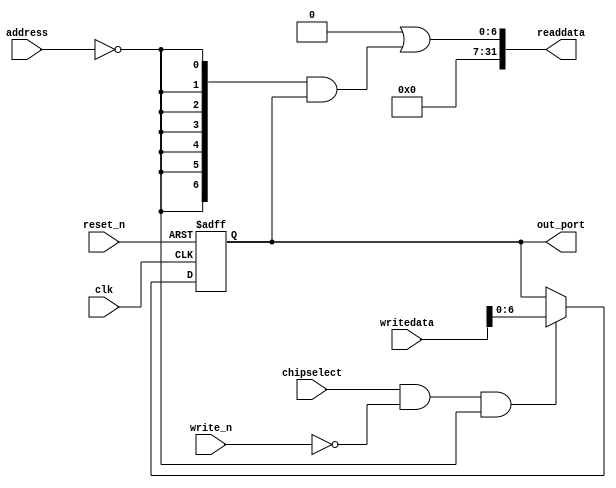
module soc_system_led_pio (
                            // inputs:
                             address,
                             chipselect,
                             clk,
                             reset_n,
                             write_n,
                             writedata,

                            // outputs:
                             out_port,
                             readdata
                          )
;

  output  [  6: 0] out_port;
  output  [ 31: 0] readdata;
  input   [  1: 0] address;
  input            chipselect;
  input            clk;
  input            reset_n;
  input            write_n;
  input   [ 31: 0] writedata;


wire             clk_en;
reg     [  6: 0] data_out;
wire    [  6: 0] out_port;
wire    [  6: 0] read_mux_out;
wire    [ 31: 0] readdata;
  assign clk_en = 1;
  //s1, which is an e_avalon_slave
  assign read_mux_out = {7 {(address == 0)}} & data_out;
  always @(posedge clk or negedge reset_n)
    begin
      if (reset_n == 0)
          data_out <= 127;
      else if (chipselect && ~write_n && (address == 0))
          data_out <= writedata[6 : 0];
    end


  assign readdata = {32'b0 | read_mux_out};
  assign out_port = data_out;

endmodule